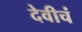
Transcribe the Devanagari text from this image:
देवीचं